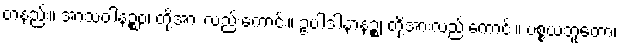
တနည်း။ အာသဝါနဉ္စဝ၊ တို့အား လည်းကောင်း။ ဥပါဒါနာနဉ္စ၊ တို့အားလည်းကောင်း။ ပစ္စယဘူတော၊